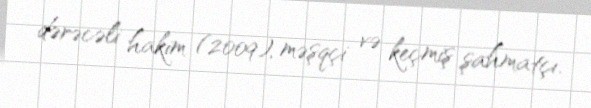
dərəcəli hakim (2009), məşqçi və keçmiş şahmatçı.